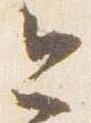
今